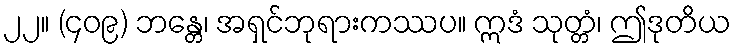
၂၂။ (၄၀၉) ဘန္တေ၊ အရှင်ဘုရားကဿပ။ ဣဒံ သုတ္တံ၊ ဤဒုတိယ